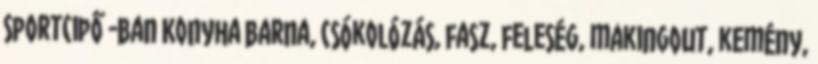
Sportcipő -ban Konyha barna, csókolózás, fasz, feleség, makingout, kemény,